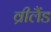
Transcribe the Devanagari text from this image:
व्रीलैंड